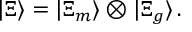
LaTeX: | \Xi \rangle = | \Xi _ { m } \rangle \otimes | \Xi _ { g } \rangle \, .